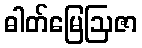
ဓါတ်မြေဩဇာ